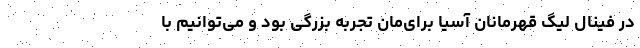
در فینال لیگ قهرمانان آسیا برای‌مان تجربه بزرگی بود و می‌توانیم با